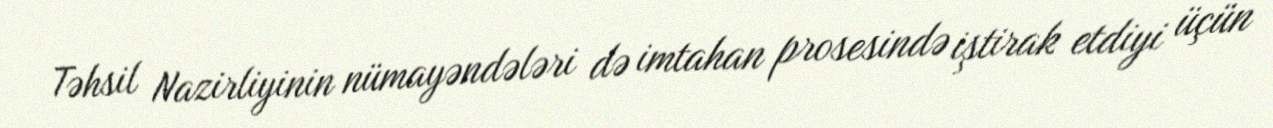
Təhsil Nazirliyinin nümayəndələri də imtahan prosesində iştirak etdiyi üçün